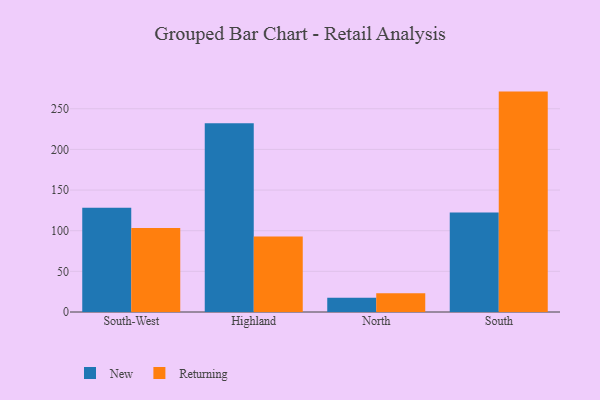
{"axis": {"x": "Region", "y": "Backlog"}, "legend": ["New", "Returning"], "data": [{"x": "South-West", "y": 128.3, "type": "New"}, {"x": "South-West", "y": 103.4, "type": "Returning"}, {"x": "Highland", "y": 232.3, "type": "New"}, {"x": "Highland", "y": 92.8, "type": "Returning"}, {"x": "North", "y": 17.6, "type": "New"}, {"x": "North", "y": 23.1, "type": "Returning"}, {"x": "South", "y": 122.5, "type": "New"}, {"x": "South", "y": 271.1, "type": "Returning"}]}